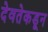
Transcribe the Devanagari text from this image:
देवतेकडून